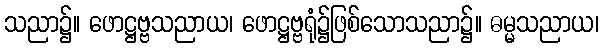
သညာ၌။ ဖောဋ္ဌဗ္ဗသညာယ၊ ဖောဋ္ဌဗ္ဗရုံ၌ဖြစ်သောသညာ၌။ ဓမ္မသညာယ၊